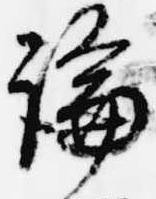
論